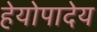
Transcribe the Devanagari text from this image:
हेयोपादेय